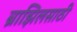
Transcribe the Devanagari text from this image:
ब्राझिलसाठी